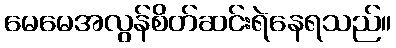
မေမေအလွန်စိတ်ဆင်းရဲနေရသည်။